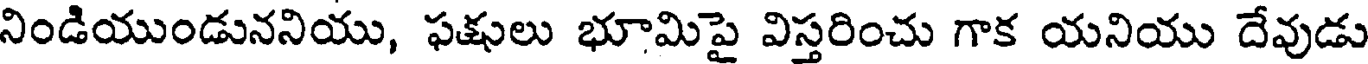
నిండియుండుననియు, ఫక్షులు భూమిపై విస్తరించు గాక యనియు దేవుడు